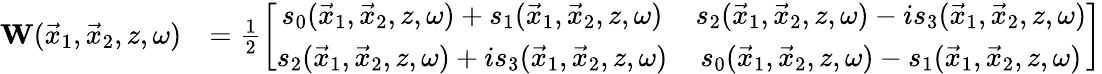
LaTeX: \begin{array}{rl}{{\mathbf W}(\vec{x}_{1},\vec{x}_{2},z,\omega)}&{=\frac{1}{2}\left[\begin{array}{cc}{s_{0}(\vec{x}_{1},\vec{x}_{2},z,\omega)+s_{1}(\vec{x}_{1},\vec{x}_{2},z,\omega)}&{s_{2}(\vec{x}_{1},\vec{x}_{2},z,\omega)-is_{3}(\vec{x}_{1},\vec{x}_{2},z,\omega)}\\ {s_{2}(\vec{x}_{1},\vec{x}_{2},z,\omega)+is_{3}(\vec{x}_{1},\vec{x}_{2},z,\omega)}&{s_{0}(\vec{x}_{1},\vec{x}_{2},z,\omega)-s_{1}(\vec{x}_{1},\vec{x}_{2},z,\omega)}\end{array}\right]}\end{array}